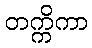
တက္ကိကာ